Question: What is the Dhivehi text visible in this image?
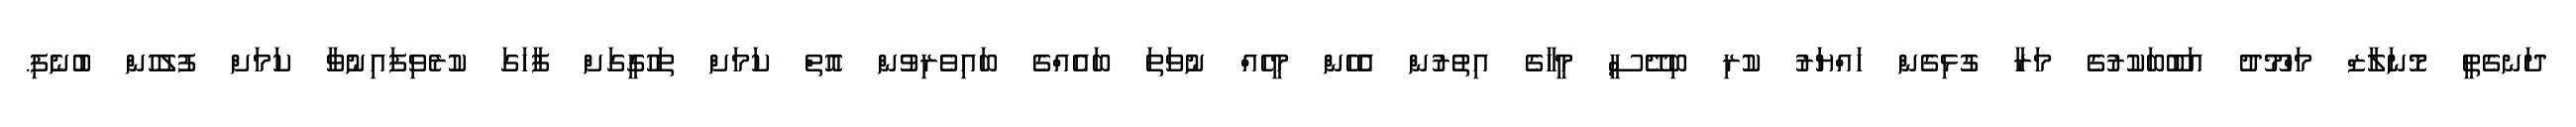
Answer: ދަނގެތީ މޮނަލާޒް މަހްމޫދު އަބޫބަކުރުގެ މަރާ ގުޅިގެން ހައްޔަރު ކުރި ބިދޭސީ މީހާގެ އިތުރުން އެެހެން މީހެއް ނުވަތަ ބައެއްގެ ބައިވެރިވުން އޮތް ކަމަށް ތަހުގީގަށް ފާހަގަ ކުރެވިފައިނުވާ ކަމަށް ފުލުހުން ބުނެފި.